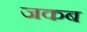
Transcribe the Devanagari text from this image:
जकब